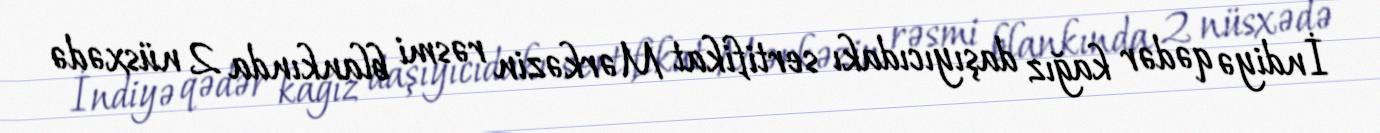
İndiyə qədər kağız daşıyıcıdakı sertifikat Mərkəzin rəsmi blankında 2 nüsxədə